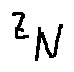
z _ { N }